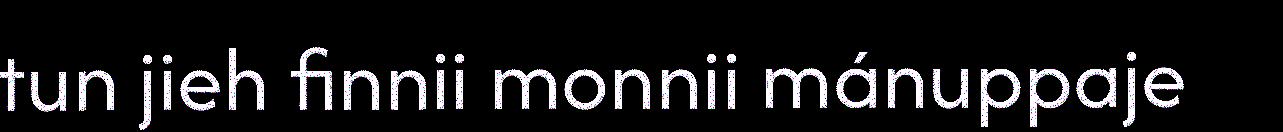
tun jieh finnii monnii mánuppaje